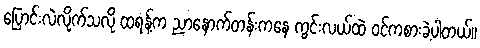
ပြောင်းလဲလိုက်သလို ထရန့်က ညာနောက်တန်းကနေ ကွင်းလယ်ထဲ ဝင်ကစားခဲ့ပါတယ်။